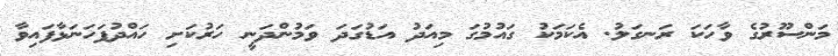
މަންސޫރުގެ ވާހަކަ ރަނގަލު. އެކަމަކު ގައުމުގަ މިއަދު އަޑުގަދަ ވަމުންދަނީ ހަރުކަށި ހައްދުފަހަނަޅާފައިވާ